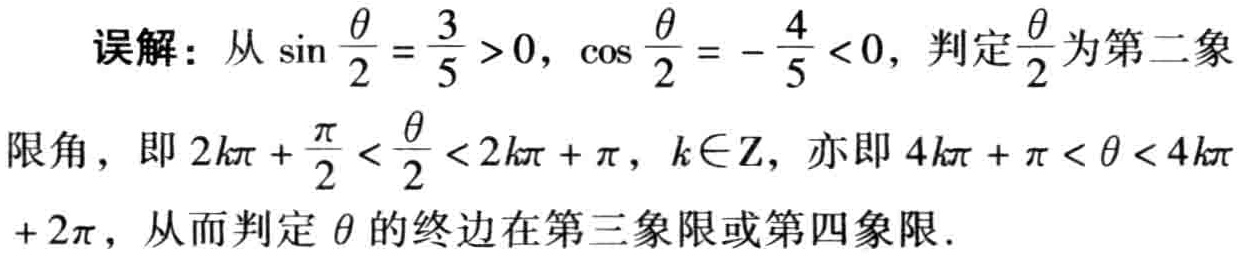
误解：从\(\sin\frac{\theta}{2}=\frac{3}{5}>0\)，\(\cos\frac{\theta}{2}=-\frac{4}{5}<0\)，判定\(\frac{\theta}{2}\)为第二象
限角，即\(2k\pi+\frac{\pi}{2}<\frac{\theta}{2}<2k\pi+\pi\)，\(k\in Z\)，亦即\(4k\pi+\pi<\theta<4k\pi\)
\(+2\pi\)，从而判定\(\theta\)的终边在第三象限或第四象限.